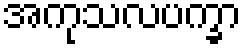
အကုသလပက္ခာ